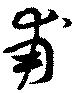
甫